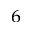
_ 6